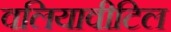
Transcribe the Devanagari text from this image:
वलियावीटिल